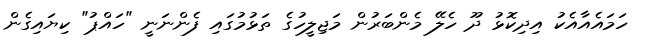
ހަމައެއާއެކު އިދިކޮޅު ދޫ ހެލޭ މެންބަރުން މަޖިލީހުގެ ތަޅުމުގައި ފެންނަނީ "ހައްޕު" ކިޔައިގެން